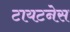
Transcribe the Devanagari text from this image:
टायटनेस